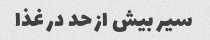
سیر بیش از حد در غذا